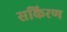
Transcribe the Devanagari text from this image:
सकिरण